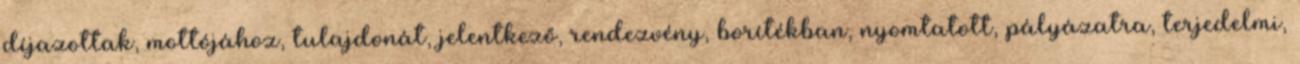
díjazottak, mottójához, tulajdonát, jelentkező, rendezvény, borítékban, nyomtatott, pályázatra, terjedelmi,